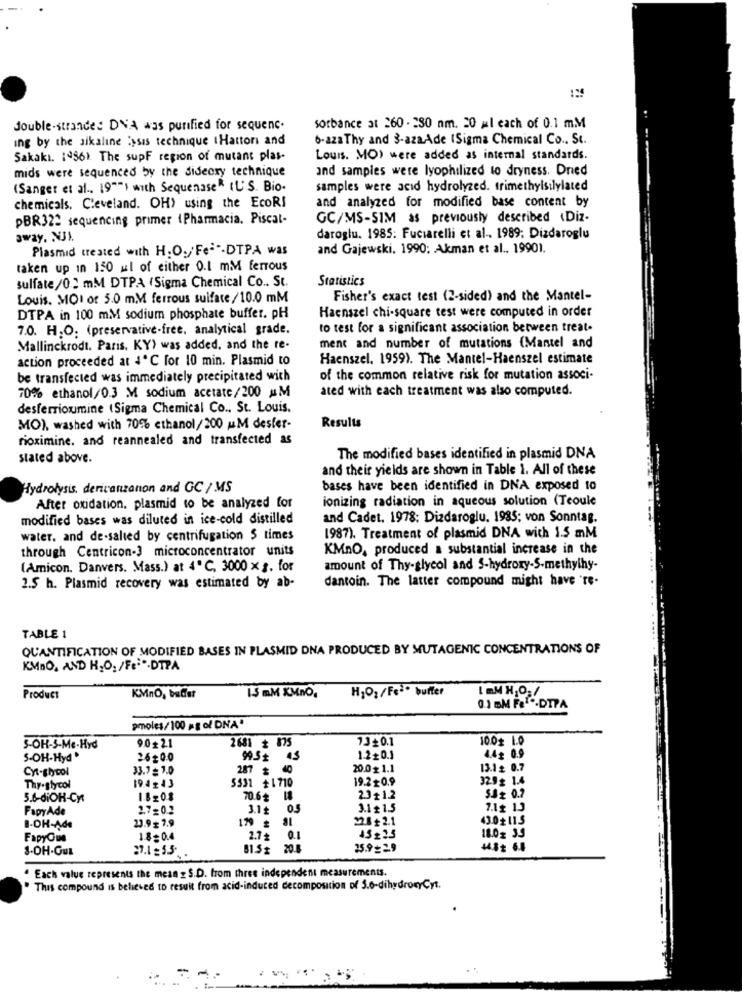
double-strandes DNA was purified for sequenc.
sorbance at 260 . 280 nm. 20 ml each of 0.1 mM
ing by the sikaline lysis technique tHattori and
6-aza Thy and 3-azaAde (Sigma Chemical Co ., St.
Sakakı. : 456). The supF region of mutant plas-
Louis, MO) were added as internal standards.
mids were sequenced by the dideoxy technique
and samples were lyophilized to dryness. Dried
(Sanger et al ., 19"") with SequenaseR IL'S. Bio-
samples were acid hydrolyzed. trimethylsilylated
and analyzed for modified base content by
chemicals. Cleveland. OH) using the EcoRI
pBR322 sequencing primer (Pharmacia. Piscal-
GC/MS-SIM as previously described (Diz-
away. NJI.
daroglu. 1985: Fuciarelli et al. 1989: Dizdaroglu
Plasmid treated with H.O./Fe-"-DTPA was
and Gajewski, 1990; Akman et al .. 19901.
taken up in 150 ml of either 0.1 mM ferrous
sulfate/0 2 mM DTPA (Sigma Chemical Co .. St.
Statistics
Louis. MOI of 5.0 m.M ferrous sulfate/10.0 mM
Fisher's exact test (2-sided) and the Mantel-
DTPA in 100 mM sodium phosphate buffer. pH
Haenszel chi-square test were computed in order
7.0. H.O. (preservative-free, analytical grade.
to test for a significant association between treat.
Mallinckrodt. Paris. KY) was added, and the re-
ment and number of mutations (Mantel and
action proceeded at 4℃ for 10 min. Plasmid to
Haenszel. 1959). The Mantel-Haenszel estimate
be transfected was immediately precipitated with
of the common relative risk for mutation associ-
ated with each treatment was also computed.
70% ethanol/0.3 M sodium acetate/200 MM
desferrioumine (Sigma Chemical Co .. St. Louis.
MO), washed with 70% ethanol/200 uM desfer-
Results
rioximine. and reannealed and transfected as
Stated above.
The modified bases identified in plasmid DNA
and their yields are shown in Table 1. All of these
Hydrolysis, dericanzanon and GC / MS
bases have been identified in DNA exposed to
ionizing radiation in aqueous solution (Teoule
After oxidation, plasmid to be analyzed for
modified bases was diluted in ice-cold distilled
and Cadet. 1978; Dizdaroglu. 1985; von Sonntag.
water. and de-salted by centrifugation $ times
1987). Treatment of plasmid DNA with 1.5 mM
through Centricon-3 microconcentrator units
KMnO, produced a substantial increase in the
(Amicon. Danvers. Mass.) at 4º C, 3000 x g. for
amount of Thy-glycol and S-hydroxy-S-methylhy-
.. ..
dantoin. The latter compound might have 're-
2.5 h. Plasmid recovery was estimated by ab-
TABLE 1
QUANTIFICATION OF MODIFIED BASES IN PLASMID DNA PRODUCED BY MUTAGENIC CONCENTRATIONS OF
KMno, AND H,O1 /Fe .DTPA
H2O2/Fc2* buffer
Product
KMno, buder
13 mM KMno.
0.1 BM F&1 .. DTPA
pmoles/100 ag ol DNA"
2681 + 875
1.3+0.1
10.0+ 1.0
S-OH-S-Me-Hyd
9.0+2.1
5-OH-Hyd.
26,00
99.5+ 43
1.220.1
4.4g 0.9
Ch-shoot
33.7 = 1.0
287
20.01.1
13.12 0.7
5531 +1710
19.2+0.9
329+ 1.4
Thy.glycol
19.4243
5.Sz 0.7
5.6-diOH-Cy:
18208
70.6+ 18
2.3+1.2
FapyAde
1.7=0.3
3.1+ 03
3.1 + 1.5
7.1+ 13
23.9 + 7.9
22.8+2.1
43.0+11.5
B-OH-Ade
199 #
FapyQue
1.8=0.4
2.72
0.1
18.02 3.3
2.1 = 5.3.
25.9 _2.9
. Each value represents the mean z S.D. from three independent measurements.
This compound is believed to result from acid-induced decomposition of 3.0-dihydroxyCyt.